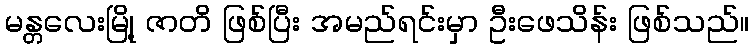
မန္တလေးမြို့ ဇာတိ ဖြစ်ပြီး အမည်ရင်းမှာ ဦးဖေသိန်း ဖြစ်သည်။